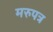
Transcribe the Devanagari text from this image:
मरुपत्र